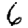
Digit: 6